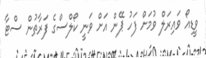
ވީޑިއޯ ވައިރަލް ވުމަށް ފަހު ޕޭން އަށް ވަނީ ކޯލްސްގެ ފަރާތުން ސްޓާ